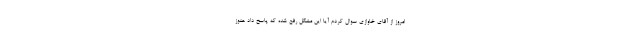
امروز از آقای خاوازی سوال کردم آیا این مشکل رفع شده که پاسخ داد هنوز